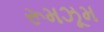
રૂમઝૂમ